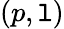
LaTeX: (p,\mathtt{l})